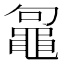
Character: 𪓟